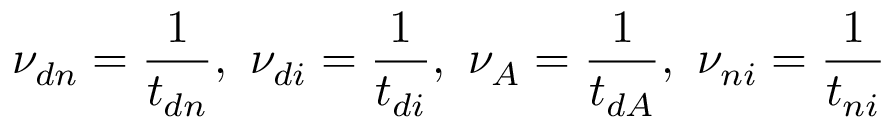
{ \nu _ { d n } } = \frac 1 { t _ { d n } } , \ { \nu _ { d i } } = \frac 1 { t _ { d i } } , \ { \nu _ { A } } = \frac 1 { t _ { d A } } , \ { \nu _ { n i } } = \frac 1 { t _ { n i } }